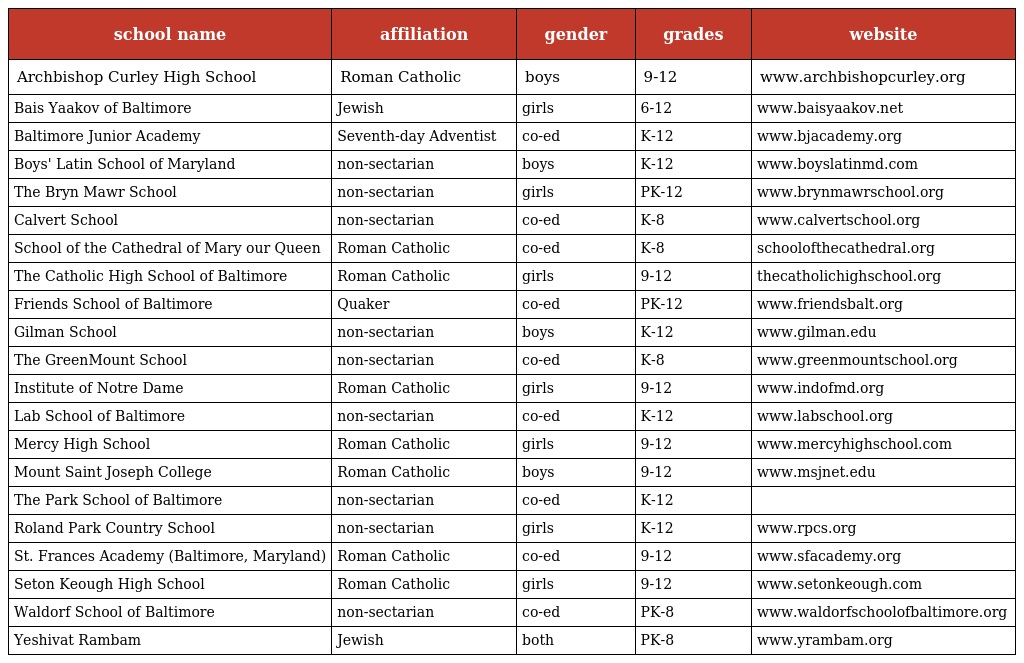
| school name | affiliation | gender | grades | website |
 | --- | --- | --- | --- | --- |
 | Archbishop Curley High School | Roman Catholic | boys | 9-12 | www.archbishopcurley.org |
 | Bais Yaakov of Baltimore | Jewish | girls | 6-12 | www.baisyaakov.net |
 | Baltimore Junior Academy | Seventh-day Adventist | co-ed | K-12 | www.bjacademy.org |
 | Boys' Latin School of Maryland | non-sectarian | boys | K-12 | www.boyslatinmd.com |
 | The Bryn Mawr School | non-sectarian | girls | PK-12 | www.brynmawrschool.org |
 | Calvert School | non-sectarian | co-ed | K-8 | www.calvertschool.org |
 | School of the Cathedral of Mary our Queen | Roman Catholic | co-ed | K-8 | schoolofthecathedral.org |
 | The Catholic High School of Baltimore | Roman Catholic | girls | 9-12 | thecatholichighschool.org |
 | Friends School of Baltimore | Quaker | co-ed | PK-12 | www.friendsbalt.org |
 | Gilman School | non-sectarian | boys | K-12 | www.gilman.edu |
 | The GreenMount School | non-sectarian | co-ed | K-8 | www.greenmountschool.org |
 | Institute of Notre Dame | Roman Catholic | girls | 9-12 | www.indofmd.org |
 | Lab School of Baltimore | non-sectarian | co-ed | K-12 | www.labschool.org |
 | Mercy High School | Roman Catholic | girls | 9-12 | www.mercyhighschool.com |
 | Mount Saint Joseph College | Roman Catholic | boys | 9-12 | www.msjnet.edu |
 | The Park School of Baltimore | non-sectarian | co-ed | K-12 |  |
 | Roland Park Country School | non-sectarian | girls | K-12 | www.rpcs.org |
 | St. Frances Academy (Baltimore, Maryland) | Roman Catholic | co-ed | 9-12 | www.sfacademy.org |
 | Seton Keough High School | Roman Catholic | girls | 9-12 | www.setonkeough.com |
 | Waldorf School of Baltimore | non-sectarian | co-ed | PK-8 | www.waldorfschoolofbaltimore.org |
 | Yeshivat Rambam | Jewish | both | PK-8 | www.yrambam.org |